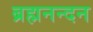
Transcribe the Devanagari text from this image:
ब्रह्मनन्दन